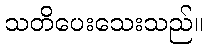
သတိပေးသေးသည်။